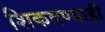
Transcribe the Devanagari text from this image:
शिकवण्याही